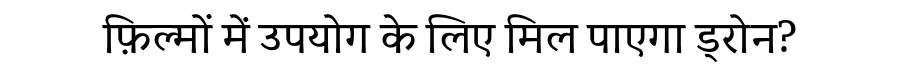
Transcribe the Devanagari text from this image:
फ़िल्मों में उपयोग के लिए मिल पाएगा ड्रोन?